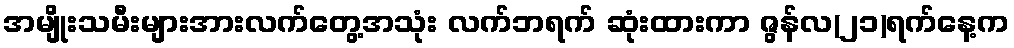
အမျိုးသမီးများအားလက်တွေ့အသုံး လက်ဘရက် ဆုံးထားကာ ဇွန်လ(၂၁)ရက်နေ့က